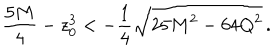
LaTeX: { \frac { 5 M } { 4 } } - z _ { 0 } ^ { 3 } < - { \frac { 1 } { 4 } } \sqrt { 2 5 M ^ { 2 } - 6 4 Q ^ { 2 } } \, .